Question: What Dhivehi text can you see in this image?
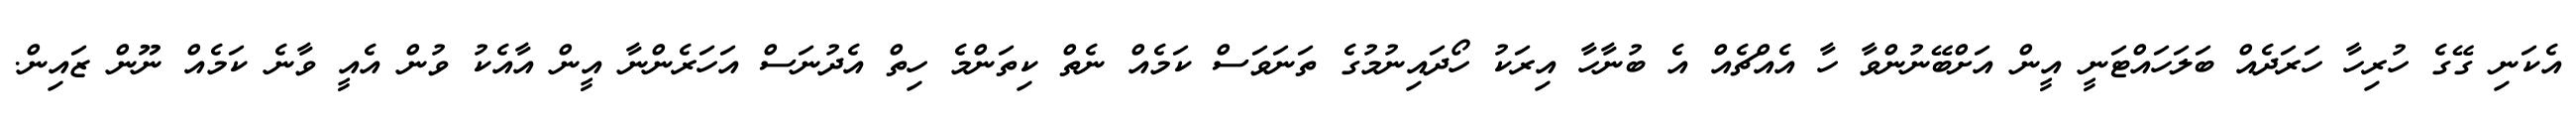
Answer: އެކަނި ގޭގެ ހުރިހާ ހަރަދެއް ބަލަހައްޓަނީ އީން އަށްބޭނުންވާ ހާ އެއްޗެއް އެ ބުނާހާ އިރަކު ހޯދައިނުމުގެ ތަނަވަސް ކަމެއް ނެތް ކިތަންމެ ހިތް އެދުނަސް އަހަރެންނާ އީން އާއެކު ވުން އެއީ ވާނެ ކަމެއް ނޫން ޒައިން.